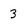
Character: 3